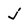
Character: j